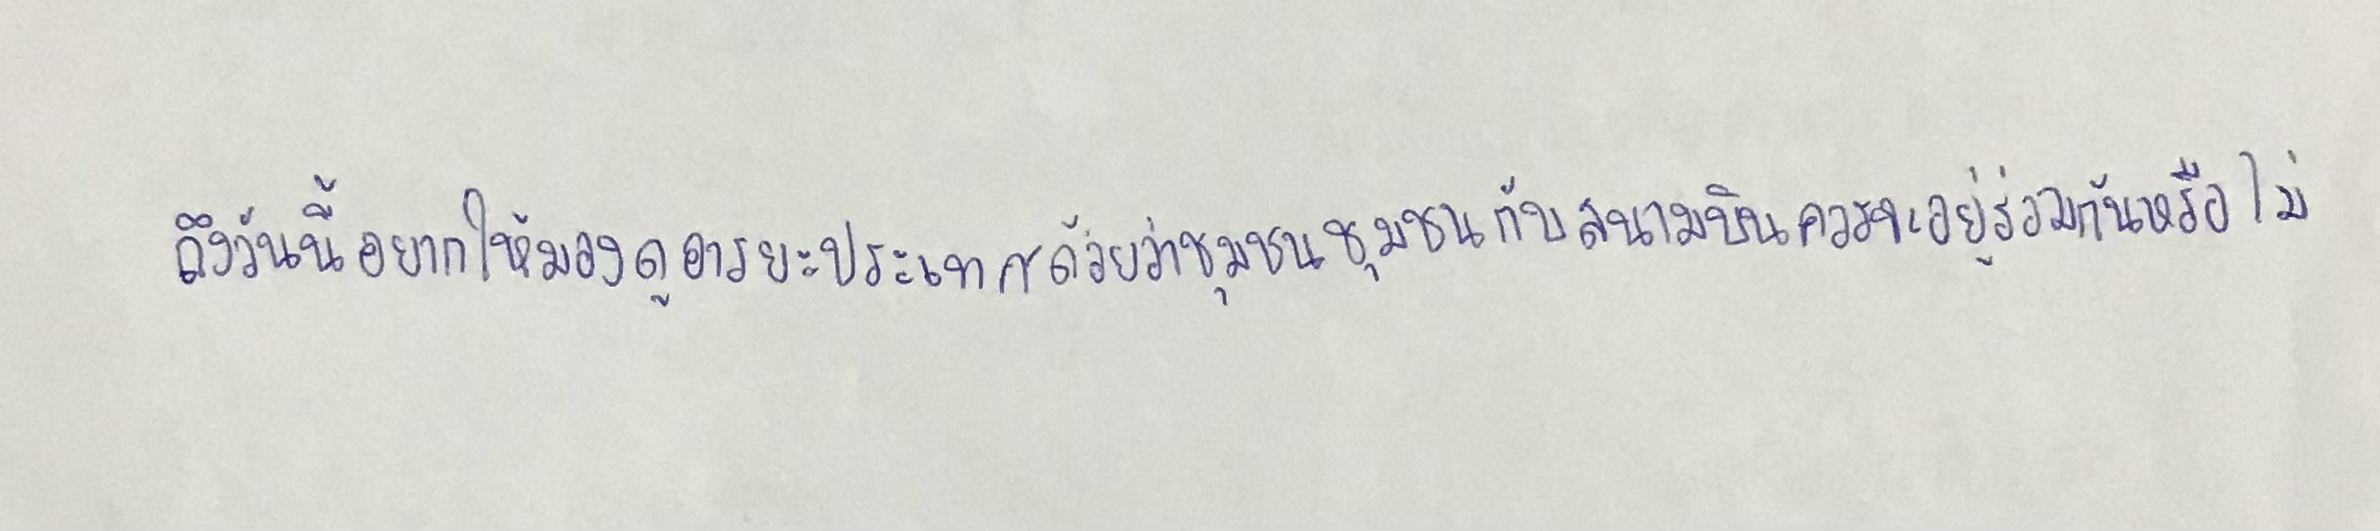
ถึงวันนี้อยากให้มองดูอารยะประเทศด้วยว่าชุมชนกับสนามบินควรจะอยู่ร่วมกันหรือไม่